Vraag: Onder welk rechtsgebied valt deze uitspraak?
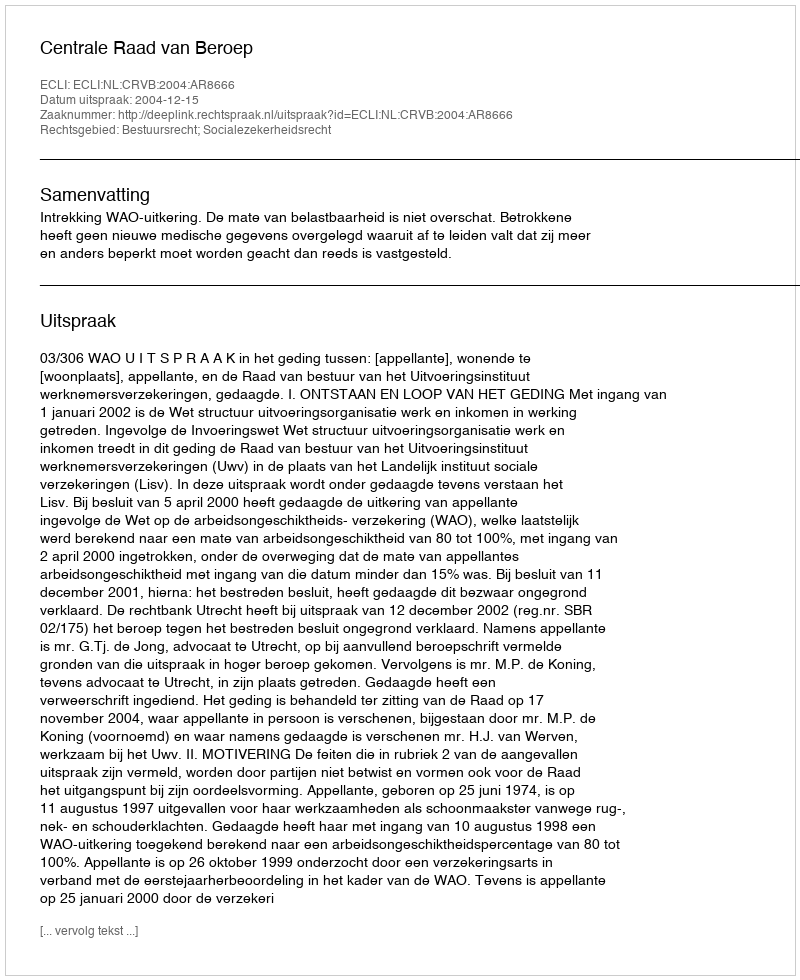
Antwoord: Bestuursrecht; Socialezekerheidsrecht